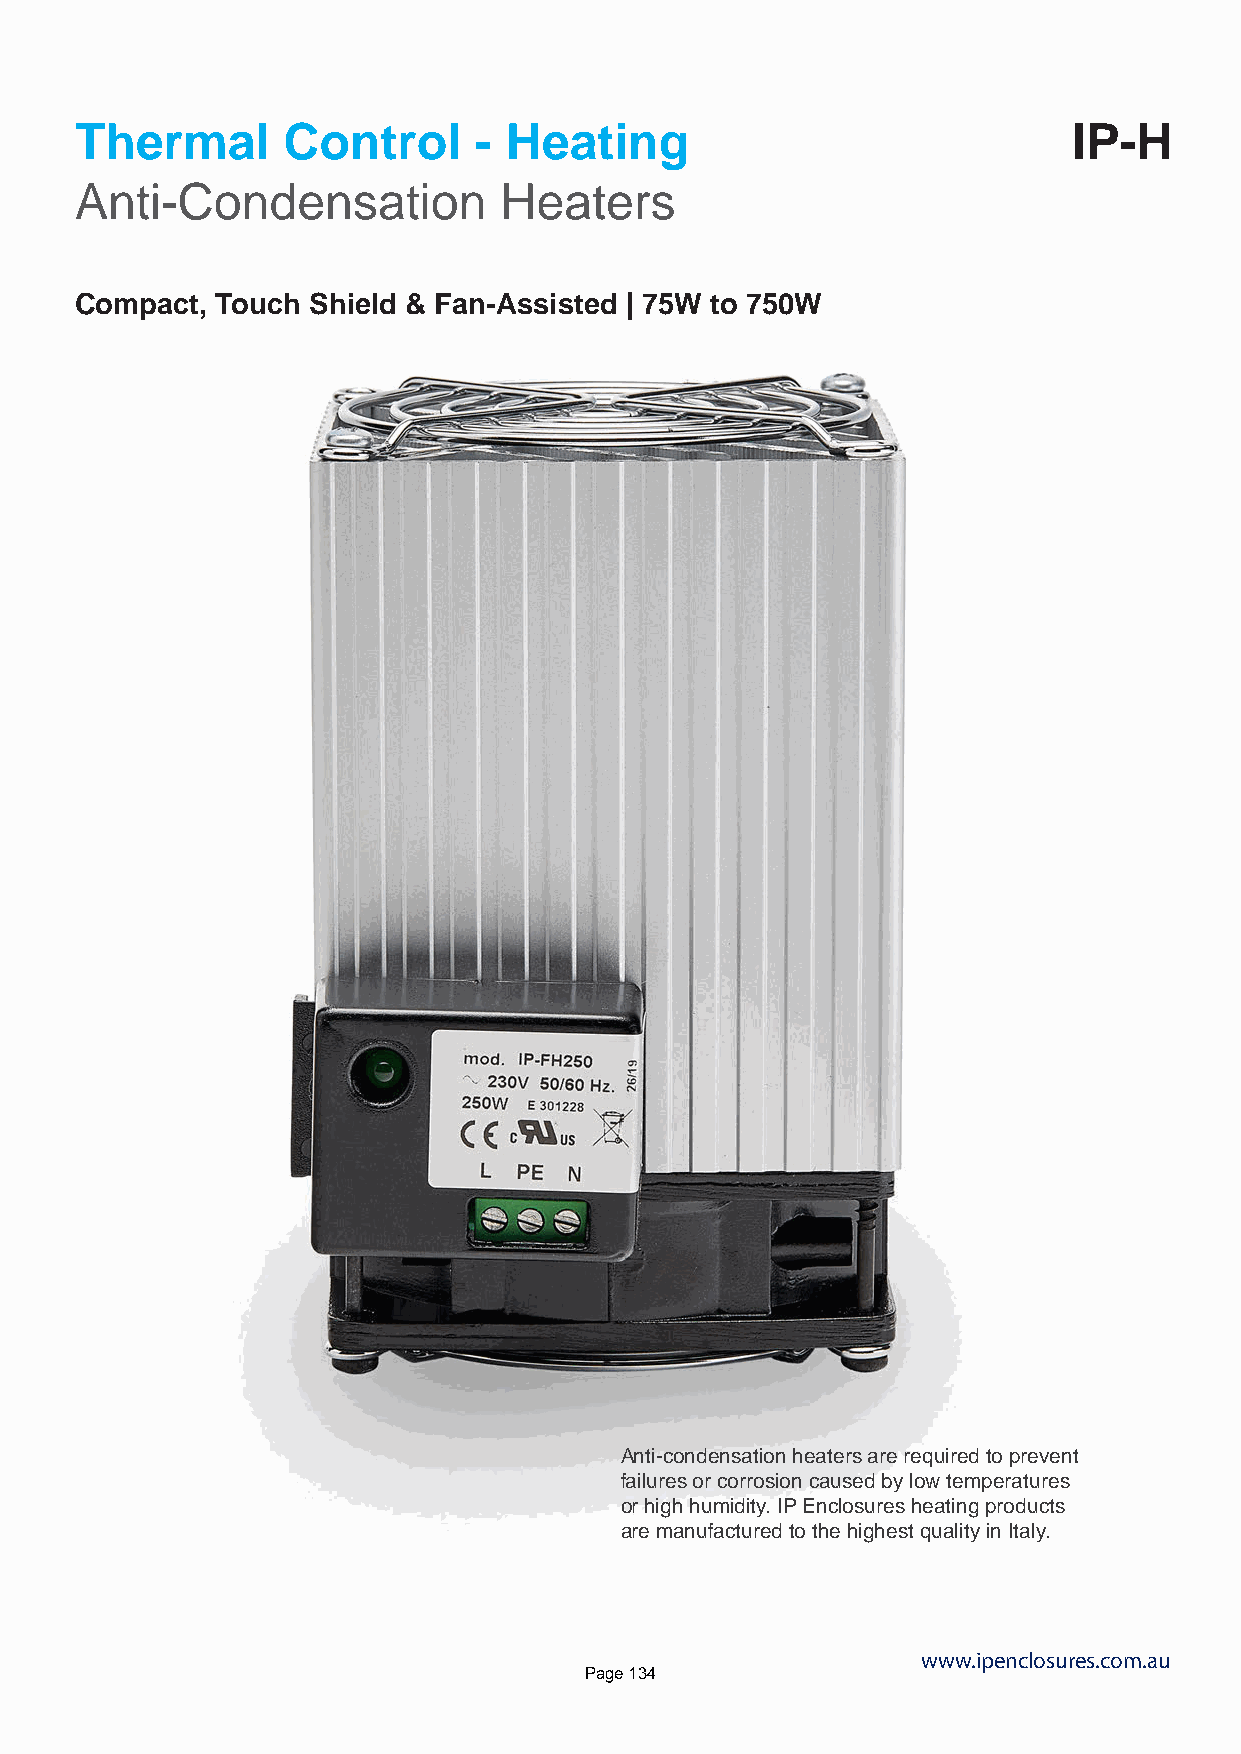
Thermal       Control     - Heating                               IP-H
 Anti-Condensation           Heaters
 Compact, Touch Shield & Fan-Assisted | 75W to 750W
 Anti-condensation heaters are required to prevent
 failures or corrosion caused by low temperatures
 or high humidity. IP Enclosures heating products
 are manufactured to the highest quality in Italy.
 www.ipenclosures.com.au
 Page 134